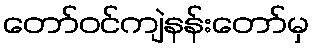
တော်ဝင်ကျဲနန်းတော်မှ